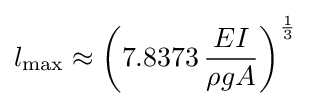
l_{\text{max}}\approx \left(7.8373\,{\frac {EI}{\rho gA}}\right)^{\frac {1}{3}}